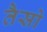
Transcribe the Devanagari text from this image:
तैसो